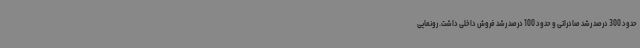
حدود 300 درصد رشد صادراتی و حدود 100 درصد رشد فروش داخلی داشت. رونمایی